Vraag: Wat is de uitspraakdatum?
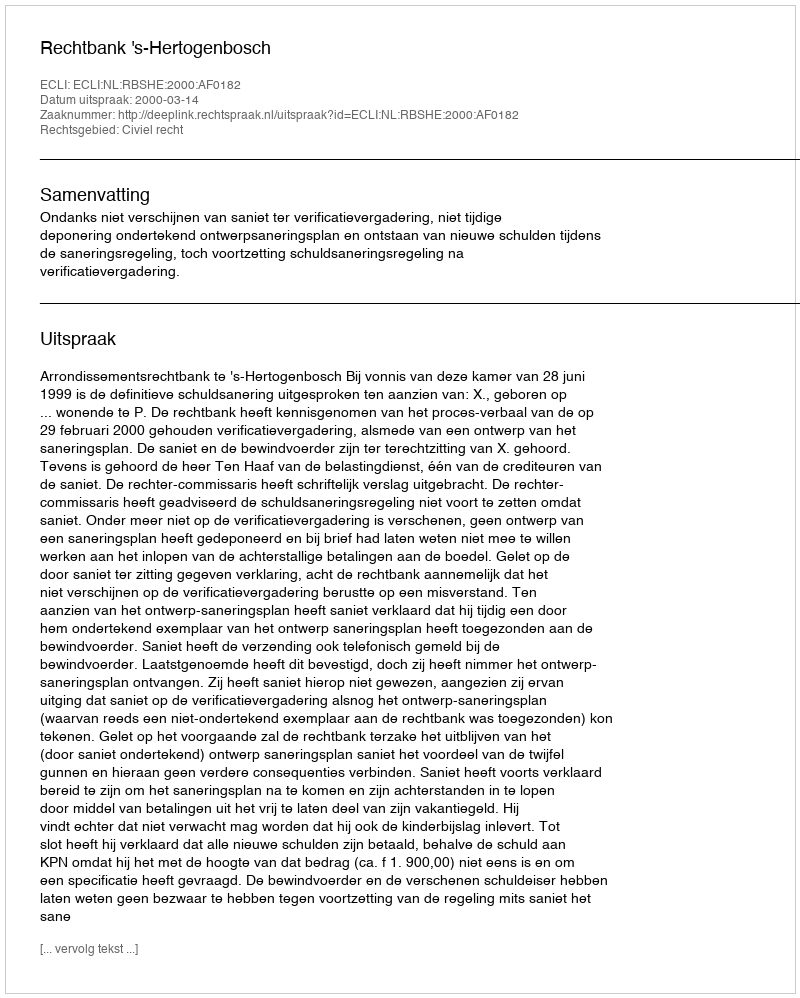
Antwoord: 2000-03-14